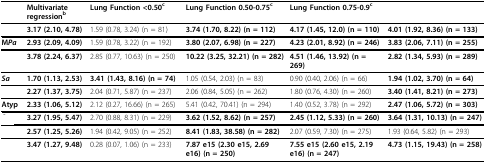
<table><thead><tr><td>[EMPTY_CELL]</td><td><b>Multivariate regression<sup>b</sup></b></td><td><b>Lung Function &lt;0.50<sup>c</sup></b></td><td><b>Lung Function 0.50-0.75<sup>c</sup></b></td><td><b>Lung Function 0.75-0.9<sup>c</sup></b></td><td>[EMPTY_CELL]</td></tr></thead><tbody><tr><td>[EMPTY_CELL]</td><td><b>3.17 (2.10, 4.78)</b></td><td>1.59 (0.78, 3.24) (n = 81)</td><td><b>3.74 (1.70, 8.22) (n = 112)</b></td><td><b>4.17 (1.45, 12.0) (n = 110)</b></td><td><b>4.01 (1.92, 8.36) (n = 133)</b></td></tr><tr><td><b>M<i>Pa</i></b></td><td><b>2.93 (2.09, 4.09)</b></td><td>1.59 (0.78, 3.22) (n = 192)</td><td><b>3.80 (2.07, 6.98) (n = 227)</b></td><td><b>4.23 (2.01, 8.92) (n = 246)</b></td><td><b>3.83 (2.06, 7.11) (n = 255)</b></td></tr><tr><td>[EMPTY_CELL]</td><td><b>3.78 (2.24, 6.37)</b></td><td>2.85 (0.77, 10.63) (n = 250)</td><td><b>10.22 (3.25, 32.21) (n = 282)</b></td><td><b>4.51 (1.46, 13.92) (n = 269)</b></td><td><b>2.82 (1.34, 5.93) (n = 289)</b></td></tr><tr><td><b><i>Sa</i></b></td><td><b>1.70 (1.13, 2.53)</b></td><td><b>3.41 (1.43, 8.16) (n = 74)</b></td><td>1.05 (0.54, 2.03) (n = 83)</td><td>0.90 (0.40, 2.06) (n = 66)</td><td><b>1.94 (1.02, 3.70) (n = 64)</b></td></tr><tr><td>[EMPTY_CELL]</td><td><b>2.27 (1.37, 3.75)</b></td><td>2.04 (0.71, 5.87) (n = 237)</td><td>2.06 (0.84, 5.05) (n = 262)</td><td>1.80 (0.76, 4.30) (n = 260)</td><td><b>3.40 (1.41, 8.21) (n = 273)</b></td></tr><tr><td><b>Atyp</b></td><td><b>2.33 (1.06, 5.12)</b></td><td>2.12 (0.27, 16.66) (n = 265)</td><td>5.41 (0.42, 70.41) (n = 294)</td><td>1.40 (0.52, 3.78) (n = 292)</td><td><b>2.47 (1.06, 5.72) (n = 303)</b></td></tr><tr><td>[EMPTY_CELL]</td><td><b>3.27 (1.95, 5.47)</b></td><td>2.70 (0.88, 8.31) (n = 229)</td><td><b>3.62 (1.52, 8.62) (n = 257)</b></td><td><b>2.45 (1.12, 5.33) (n = 260)</b></td><td><b>3.64 (1.31, 10.13) (n = 247)</b></td></tr><tr><td>[EMPTY_CELL]</td><td><b>2.57 (1.25, 5.26)</b></td><td>1.94 (0.42, 9.05) (n = 252)</td><td><b>8.41 (1.83, 38.58) (n = 282)</b></td><td>2.07 (0.59, 7.30) (n = 275)</td><td>1.93 (0.64, 5.82) (n = 293)</td></tr><tr><td>[EMPTY_CELL]</td><td><b>3.47 (1.27, 9.48)</b></td><td>0.28 (0.07, 1.06) (n = 233)</td><td><b>7.87 e15 (2.30 e15, 2.69 e16) (n = 250)</b></td><td><b>7.55 e15 (2.60 e15, 2.19 e16) (n = 247)</b></td><td><b>4.73 (1.15, 19.43) (n = 258)</b></td></tr></tbody></table>